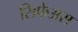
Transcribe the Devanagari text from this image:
सिफेअस